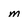
Character: m